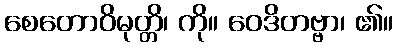
စေတောဝိမုတ္တိ၊ ကို။ ဝေဒိတဗ္ဗာ၊ ၏။